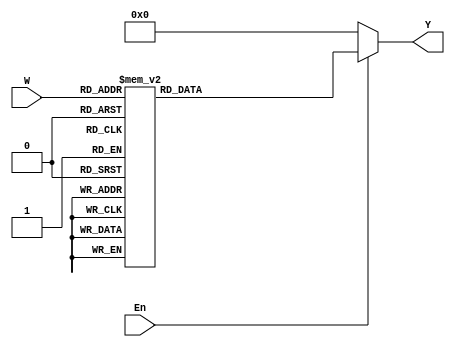
/*
	CEFET-MG
	Disciplina de Laboratrio de Arquitetura e Organizao de Computadores II
	Data: 11/12/2021
	Alunos: Fernando Veizaga e Alanis Castro
*/

module dec3to8(W, En, Y);
	input [2:0] W;
	input En;
	output [0:7] Y;
	reg [0:7] Y;
	
	always @(W or En)
	begin
		if (En == 1)
			case (W)
				3'b111: Y = 8'b10000000;
				3'b110: Y = 8'b01000000;
				3'b101: Y = 8'b00100000;
				3'b100: Y = 8'b00010000;
				3'b011: Y = 8'b00001000;
				3'b010: Y = 8'b00000100;
				3'b001: Y = 8'b00000010;
				3'b000: Y = 8'b00000001;
			endcase
		else
			Y = 8'b00000000;
	end
	
endmodule